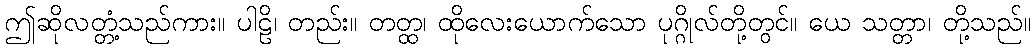
ဤဆိုလတ္တံ့သည်ကား။ ပါဠိ၊ တည်း။ တတ္ထ၊ ထိုလေးယောက်သော ပုဂ္ဂိုလ်တို့တွင်။ ယေ သတ္တာ၊ တို့သည်။